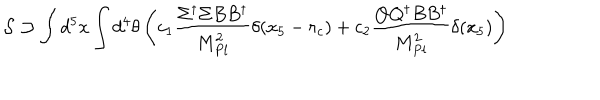
{ \cal S } \supset \int d ^ { 5 } x \int d ^ { 4 } \theta \left( c _ { 1 } { \frac { \Sigma ^ { \dagger } \Sigma B B ^ { \dagger } } { M _ { P l } ^ { 2 } } } \delta ( x _ { 5 } - r _ { c } ) + c _ { 2 } { \frac { Q Q ^ { \dagger } B B ^ { \dagger } } { M _ { P l } ^ { 2 } } } \delta ( x _ { 5 } ) \right)